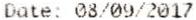
DATE: 08/09/2017